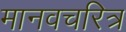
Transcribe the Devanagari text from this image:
मानवचरित्र